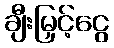
ချီးမြှင့်ငွေ